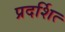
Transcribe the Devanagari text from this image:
प्रदर्शित्‍